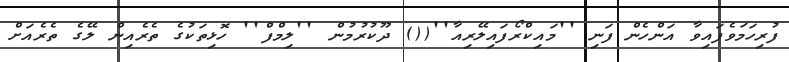
ފުރިހަމަވެފައިވާ އަންހެން ފަނި ''މައިކްރޯފައިލޭރިއާ''(() ދޫކުރުމުން ''ލިމްފް'' ހޮޅިތަކުގެ ތެރެއިން ލޭގެ ތެރެއަށް